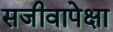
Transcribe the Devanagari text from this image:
सजीवापेक्षा